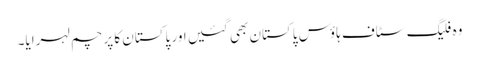
وہ فلیگ سٹاف ہاؤس پاکستان بھی گئیں اور پاکستان کا پرچم لہرایا۔